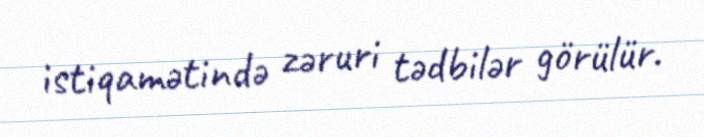
istiqamətində zəruri tədbilər görülür.